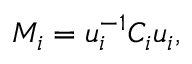
M _ { i } = u _ { i } ^ { - 1 } C _ { i } u _ { i } ,